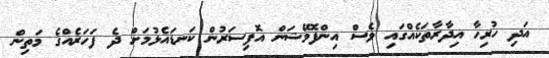
އަދި ހުރިހާ އިދާރާތަކެއްގައި ވެސް އިންފޮމޭޝަން އޮފިސަރުން ކަނޑައެޅުމަށް ދެ ފަހަރެއްގެ މަތިން